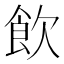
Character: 飲